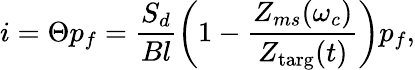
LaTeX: i=\Theta p_{f}=\frac{S_{d}}{Bl}\left(1-\frac{Z_{ms}(\omega_{c})}{Z_{\textrm{targ}}(t)}\right)p_{f},